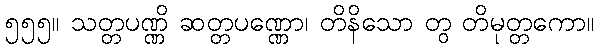
၅၅၅။ သတ္တပဏ္ဏိ ဆတ္တပဏ္ဏော၊ တိနိသော တွ တိမုတ္တကော။